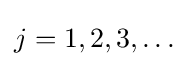
j=1,2,3,\dots